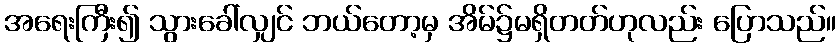
အရေးကြီး၍ သွားခေါ်လျှင် ဘယ်တော့မှ အိမ်၌မရှိတတ်ဟုလည်း ပြောသည်။